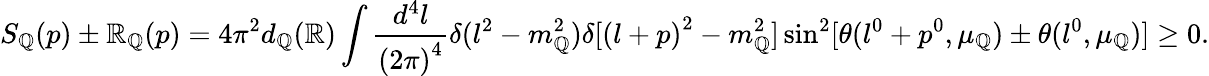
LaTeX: S_{\mathbb{Q}}(p)\pm\mathbb{R}_{\mathbb{Q}}(p)=4\pi^{2}d_{\mathbb{Q}}(\mathbb{R})\int\frac{{d^{4}l}}{{{(2\pi)}^{4}}}\delta(l^{2}-m_{\mathbb{Q}}^{2})\delta[{(l+p)}^{2}-m_{\mathbb{Q}}^{2}]\sin^{2}[\theta(l^{0}+p^{0},\mu_{\mathbb{Q}})\pm\theta(l^{0},\mu_{\mathbb{Q}})]\geq0.